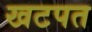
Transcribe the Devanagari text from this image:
खटपत